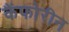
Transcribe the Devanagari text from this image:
कैंफोरीन